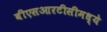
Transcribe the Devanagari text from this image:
बीएसआरटीसीमध्ये